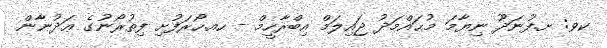
ކވ: ށ.ފުނަދޫ ނިޔާމަ މުޙައްމަދު ޖައިލަމް އިބްރާހީމް - ހއ.ހޯރަފުށި ފިތުރޯނުގެ ޢަދުނާން